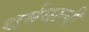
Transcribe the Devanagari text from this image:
धर्मवाली